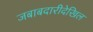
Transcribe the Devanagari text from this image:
जबाबदारीदेखिल